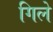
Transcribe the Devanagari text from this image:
गिले